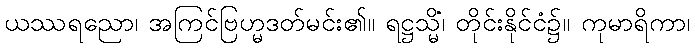
ယဿရညော၊ အကြင်ဗြဟ္မဒတ်မင်း၏။ ရဋ္ဌသ္မိံ၊ တိုင်းနိုင်ငံ၌။ ကုမာရိကာ၊